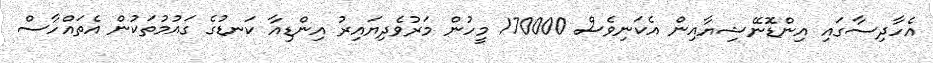
އެހާދިސާގައި އިންޑޮނޭޝިޔާއިން އެކަނިވެސް 170000 މީހުން މަރުވެދިޔައިރު އިންޑިއާ ކަނޑުގެ ގައުމުތަކުން އެތައްހާސް